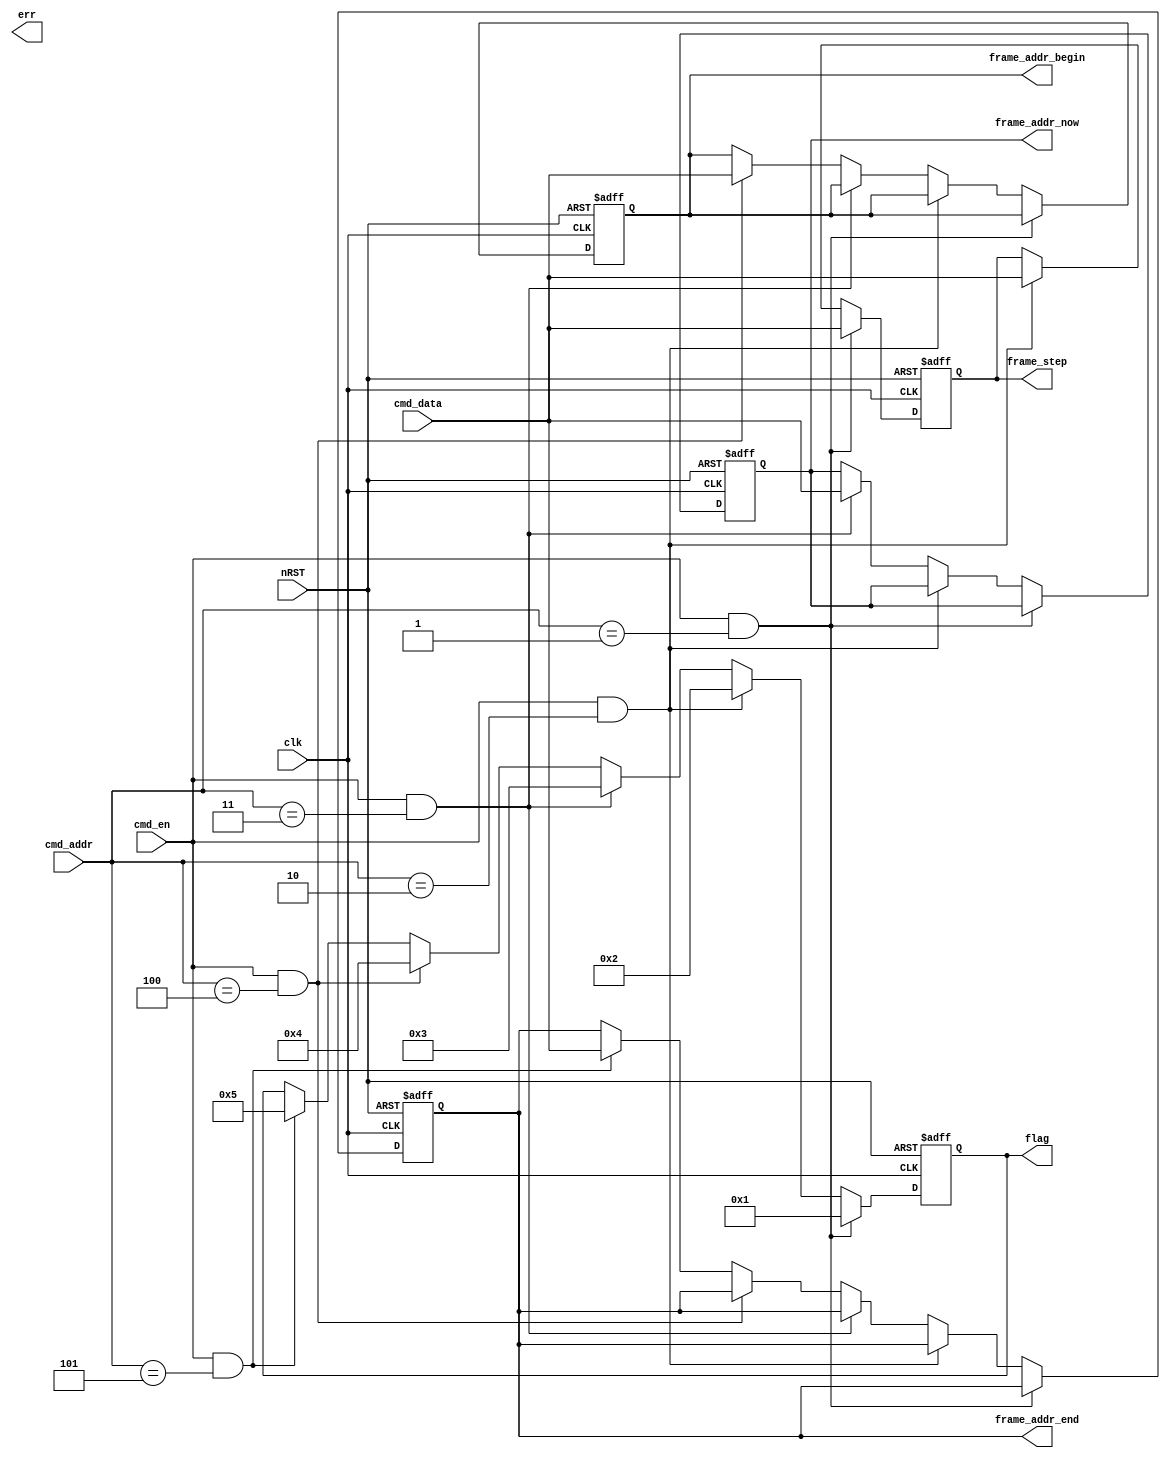
module udp_cmd(
	input clk,//----------------
	input nRST,//---------------0 is active
	
	input cmd_en,
	input[7:0]cmd_addr,
	input[15:0]cmd_data,
	
	output reg [7:0] flag,//-----------------------------00 01 02 
	output reg [15:0] frame_step,
	output reg [15:0] frame_addr_now,
	output reg [15:0] frame_addr_begin,
	output reg [15:0] frame_addr_end,
	
	output reg err
	);	
//=====================================================================================	
always @(posedge clk or negedge nRST)
begin
	if(!nRST)
	begin
		flag <= 2'b00;
		frame_step <= 16'd0;
		frame_addr_now <= 16'd0;
		frame_addr_begin <= 16'd0;
		frame_addr_end <= 16'd0;
	end	
	else if(cmd_en & (cmd_addr == 8'h01))
	begin
		flag <= 8'h01;
		frame_step <= cmd_data;
	end	
	else if(cmd_en & (cmd_addr == 8'h02))
	begin
		flag <= 8'h02;
		frame_step <= cmd_data;
	end	
	else if(cmd_en & (cmd_addr == 8'h03))
	begin
		flag <= 8'h03;
		frame_addr_now <= cmd_data;
	end
	else if(cmd_en & (cmd_addr == 8'h04))
	begin
		flag <= 8'h04;
		frame_addr_begin <= cmd_data;
	end
	else if(cmd_en & (cmd_addr == 8'h05))
	begin
		flag <= 8'h05;
		frame_addr_end <= cmd_data;
	end			
	else
		flag <= flag;
end
//=====================================================================================	
//=====================================================================================	

endmodule